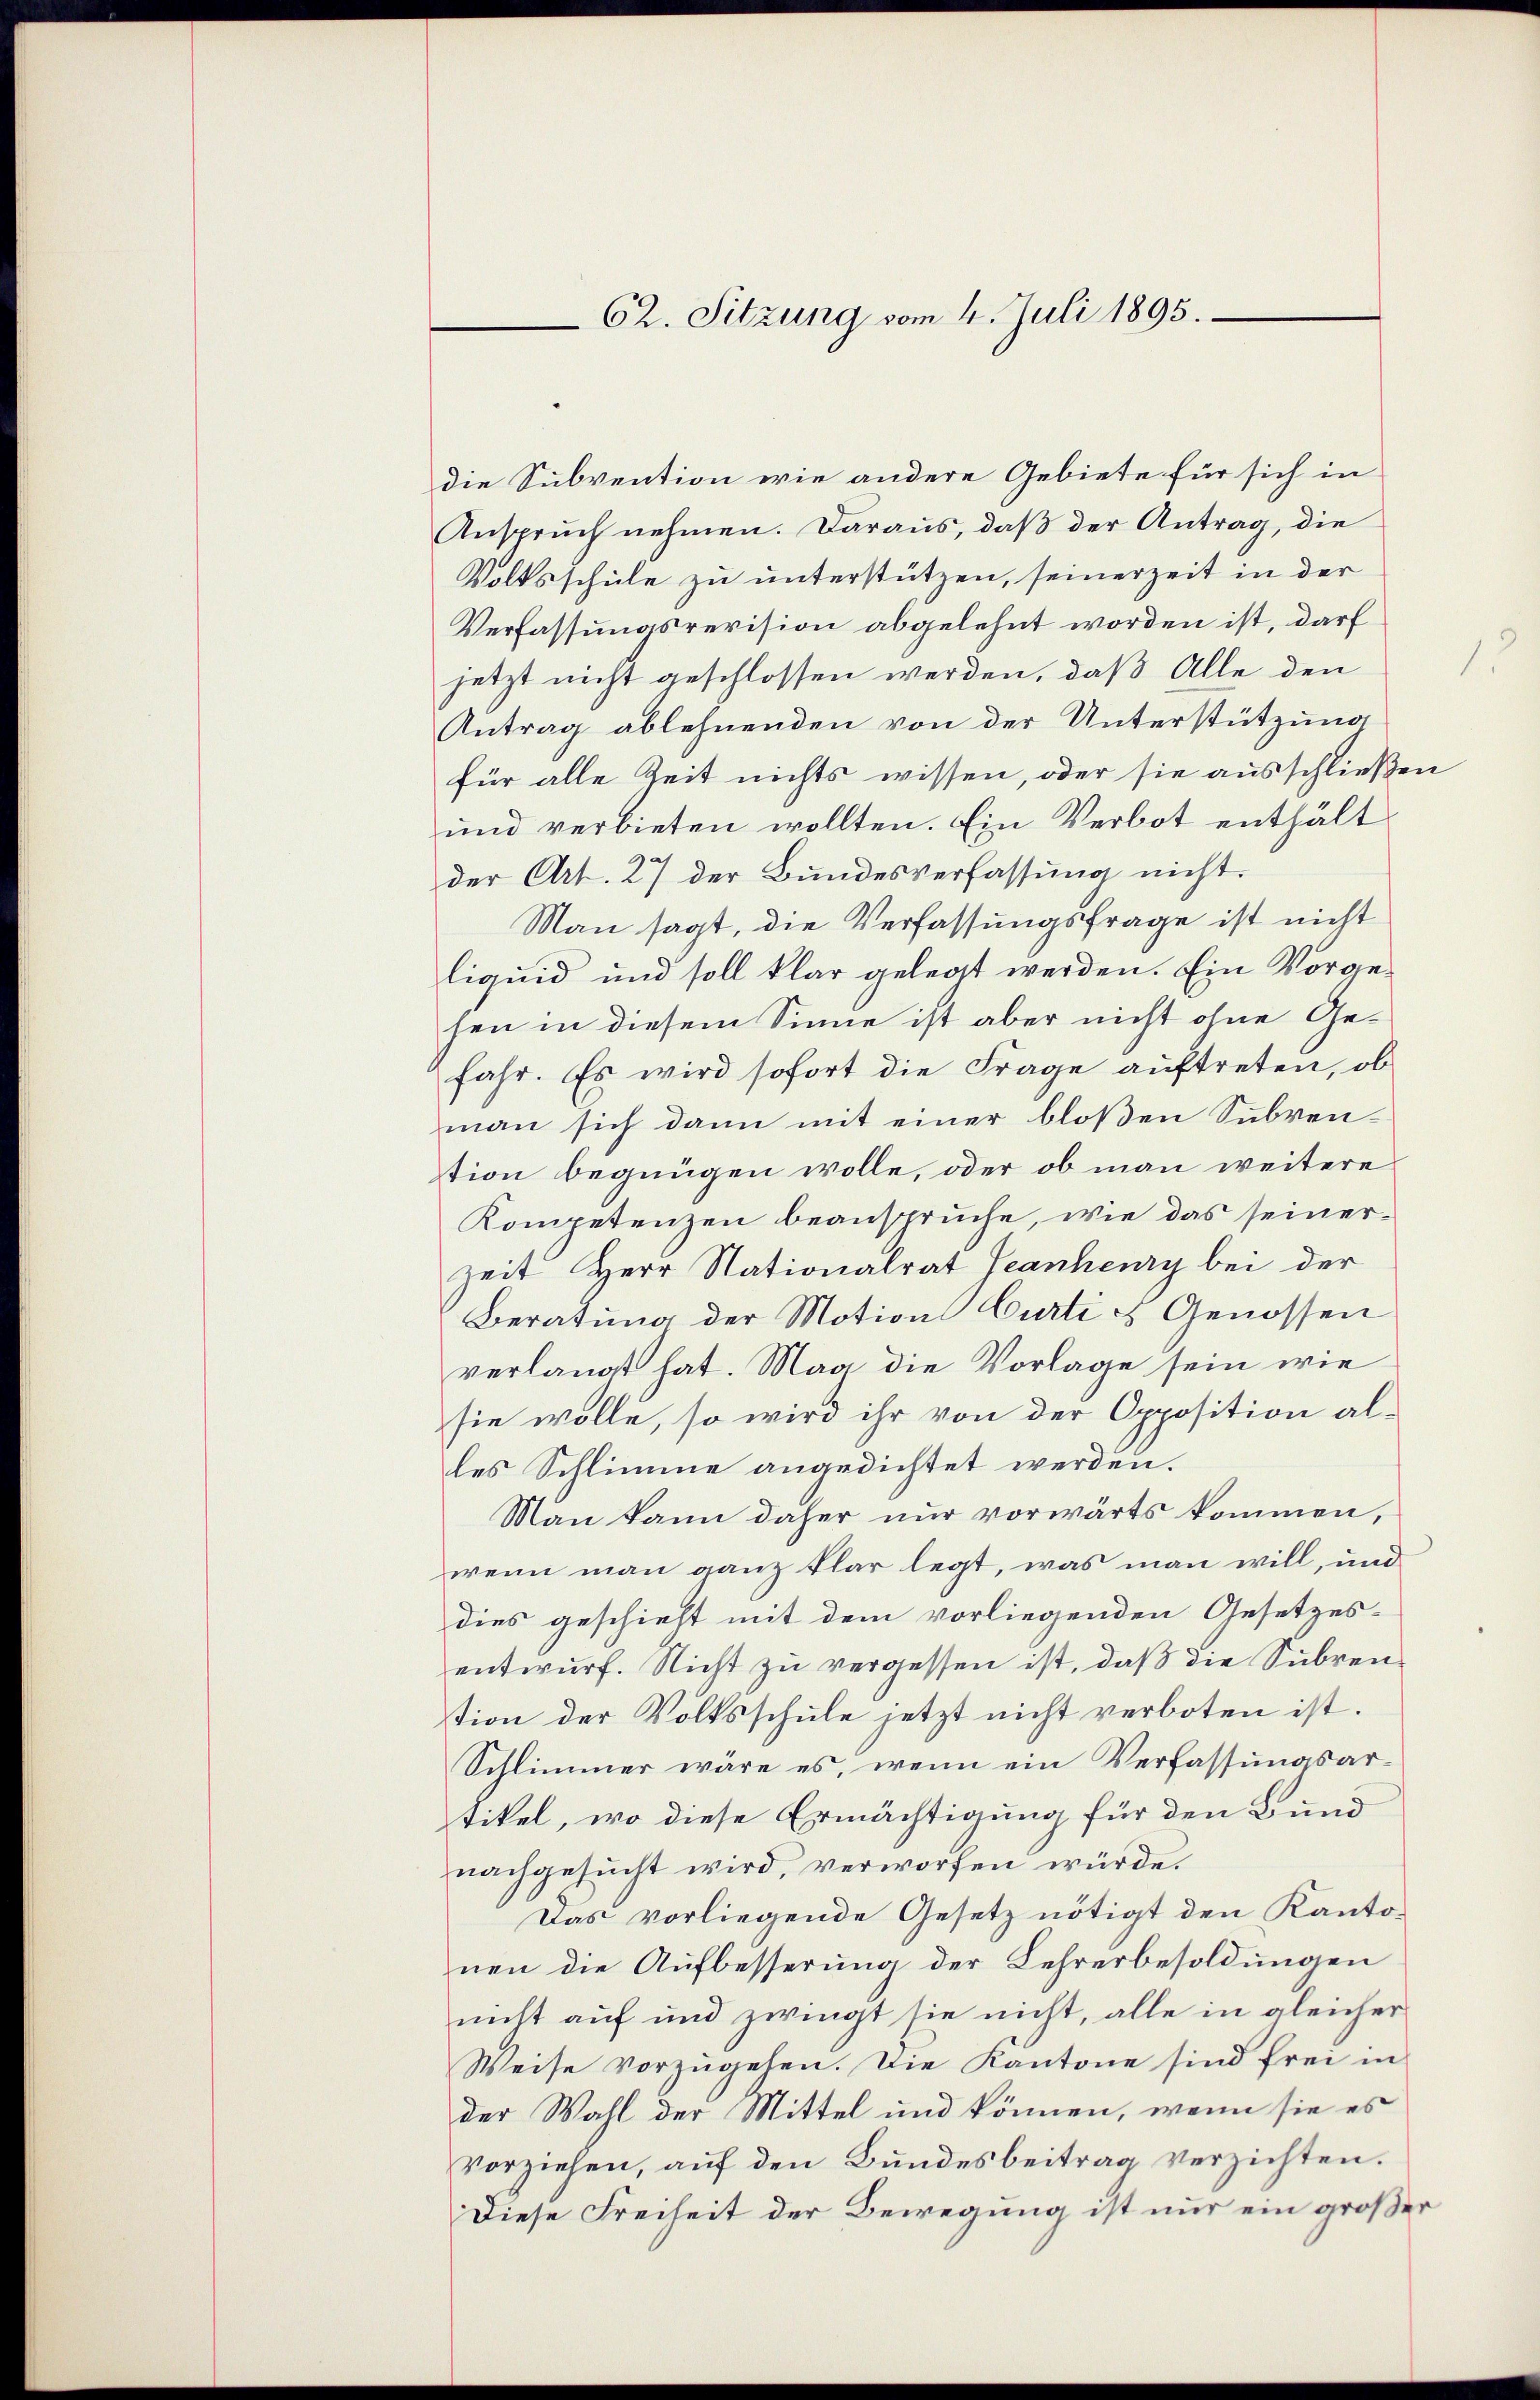
62. Sitzung vom 4. Juli 1895.

die Subvention wie andere Gebiete für sich in
Ansprŭch nehmen. Daraus, daβ der Antrag, die
Volksschule zu unterstützen, seinerzeit in der
Verfassungsrevision abgelehnt worden ist, darf
.
jetzt nicht geschlossen werden, daß Alle den
Antrag ablehnenden von der Unterstützung
für alle Zeit nichts wissen, oder sie ausschließen
und verbieten wollten. Ein Verbot enthält
der Art. 27 der Bundesverfassung nicht.
Man sagt, die Verfassungsfrage ist nicht
liquid und soll klar gelegt werden. Ein Vorgehen in diesem Sinne ist aber nicht ohne Gefahr. Es wird sofort die Frage auftreten, ob
man sich dann mit einer bloßen Subvention begnügen wolle, oder ob man weitere
Kompetenzen beanspruche, wie das seinerzeit Herr Stationalrat Jeanheury bei der
Beratung der Motion Curti & Genossen
verlangt hat. Man die Vorlage sein wie
sie wolle, so wird ihr von der Opposition alles Schlimme angedichtet werden.
Man kann daher nur vorwärts kommen,
wenn man ganz klar legt, was man will, und
dies geschieht mit dem vorliegenden Gesetzes-
entwurf. Nicht zu vergessen ist, daß die Subren
tion der Volksschule jetzt nicht verboten ist.
Schlimmer wäre es, wenn ein Verfassungsartikel, wo diese Ermächtigung für den Bund
nachgesucht wird, verworfen würde.
Das vorliegende Gesetz nötigt den Kantonen die Aufbesserung der Lehrerbesoldungen
nicht auf und zwingt sie nicht, alle in gleicher
Weise vorzugehen. Die Kantone sind frei in
der Wahl der Mittel und können, wenn sie es
Vorziehen, auf den Bundesbeitrag verzichten.
Diese Freiheit der Bewegung ist nur ein großer